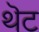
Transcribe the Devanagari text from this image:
थॆट